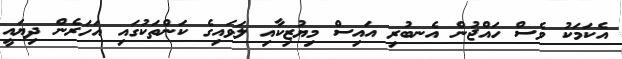
އެކަމަކު ވެސް ހައްޖުން އެނބުރި އައިސް މިޔުޒިކާއި ލަވައިގެ ކަންތަކުގައި އަހަރެން ދިޔައީ